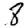
Digit: 8